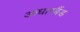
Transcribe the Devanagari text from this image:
आधारबैंड